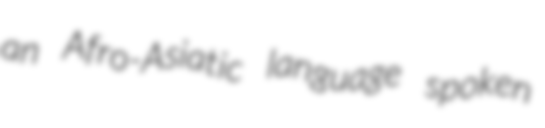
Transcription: an Afro-Asiatic language spoken